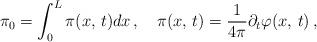
LaTeX: \begin{align*}\pi _{0}=\int ^{L}_{0}\pi (x,\, t)dx\, ,\quad \pi (x,\, t)=\frac{1}{4\pi }\partial _{t}\varphi (x,\, t)\: ,\end{align*}